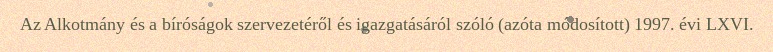
Az Alkotmány és a bíróságok szervezetéről és igazgatásáról szóló (azóta módosított) 1997. évi LXVI.